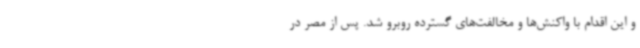
و این اقدام با واکنش‌ها و مخالفت‌های گسترده روبرو شد. پس از مصر در